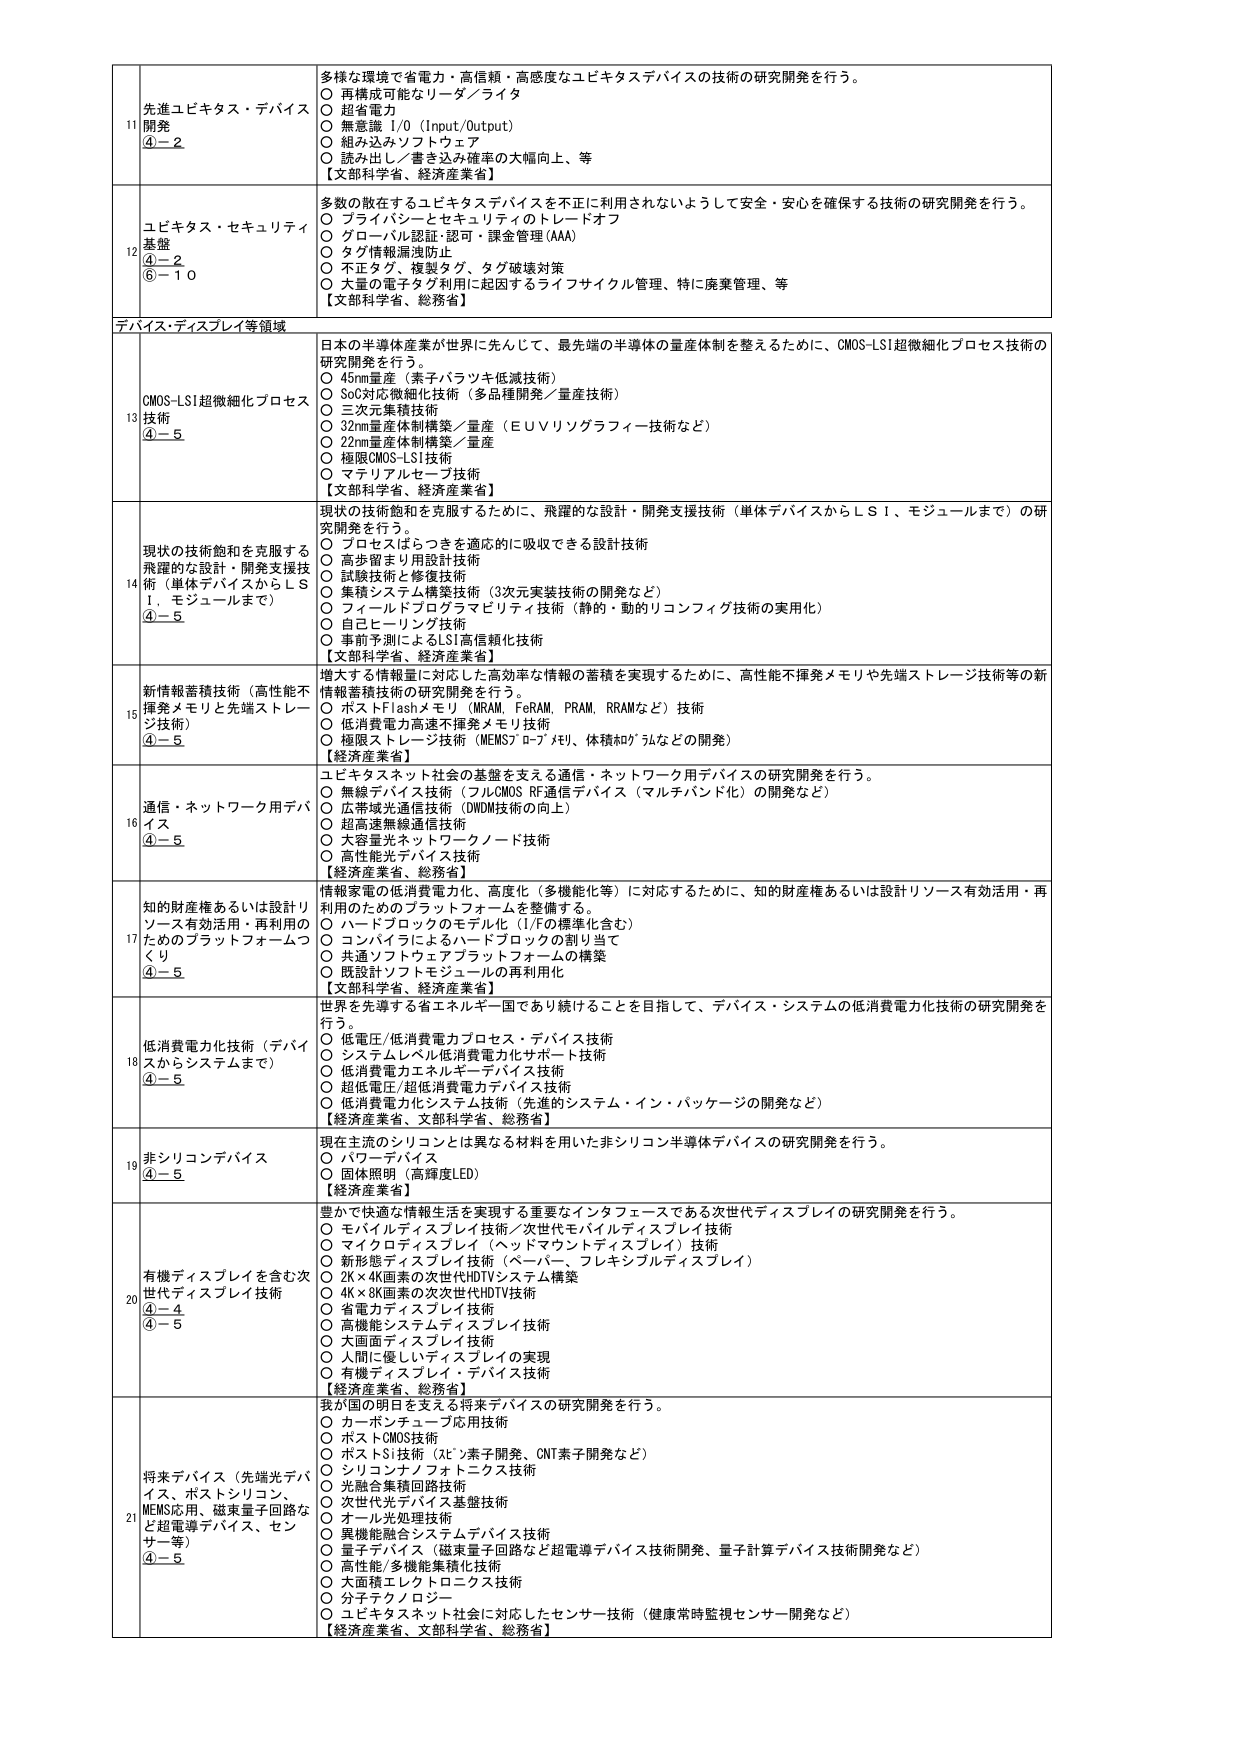
11 先進ユビキタス・デバイス開発 ④－２
多様な環境で省電力・高信頼・高感度なユビキタスデバイスの技術の研究開発を行う。
○ 再構成可能なリーダ／ライタ
○ 超省電力
○ 無意識 I/O（Input/Output）
○ 組み込みソフトウェア
○ 読み出し／書き込み確率の大幅向上、等
【文部科学省、経済産業省】

12 ユビキタス・セキュリティ基盤 ④－２ ⑥－１０
多数の散在するユビキタスデバイスを不正に利用されないようにして安全・安心を確保する技術の研究開発を行う。
○ プライバシーとセキュリティのトレードオフ
○ グローバル認証・認可・課金管理（AAA）
○ タグ情報漏洩防止
○ 不正タグ、複製タグ、タグ破壊対策
○ 大量の電子タグ利用に起因するライフサイクル管理、特に廃棄管理、等
【文部科学省、総務省】

デバイス・ディスプレイ等領域

13 CMOS-LSI超微細化プロセス技術 ④－５
日本の半導体産業が世界に先んじて、最先端の半導体の量産体制を整えるために、CMOS-LSI超微細化プロセス技術の研究開発を行う。
○ 45nm量産（素子バラツキ低減技術）
○ SoC対応微細化技術（多品種開発／量産技術）
○ 三次元集積技術
○ 32nm量産体制構築／量産（ＥＵＶリソグラフィー技術など）
○ 22nm量産体制構築／量産
○ 極限CMOS-LSI技術
○ マテリアルセーブ技術
【文部科学省、経済産業省】

14 現状の技術飽和を克服する飛躍的な設計・開発支援技術（単体デバイスからＬＳＩ、モジュールまで） ④－５
現状の技術飽和を克服するために、飛躍的な設計・開発支援技術（単体デバイスからＬＳＩ、モジュールまで）の研究開発を行う。
○ プロセスばらつきを適応的に吸収できる設計技術
○ 高歩留まり用設計技術
○ 試験技術と修復技術
○ 集積システム構築技術（3次元実装技術の開発など）
○ フィールドプログラマビリティ技術（静的・動的リコンフィグ技術の実用化）
○ 自己ヒーリング技術
○ 事前予測によるLSI高信頼化技術
【文部科学省、経済産業省】

15 新情報蓄積技術（高性能不揮発メモリと先端ストレージ技術） ④－５
増大する情報量に対応した高効率な情報の蓄積を実現するために、高性能不揮発メモリや先端ストレージ技術等の新情報蓄積技術の研究開発を行う。
○ ポストFlashメモリ（MRAM、FeRAM、PRAM、RRAMなど）技術
○ 低消費電力高速不揮発メモリ技術
○ 極限ストレージ技術（MEMSジロブアリ、体積記憶など）の開発
【経済産業省】

16 通信・ネットワーク用デバイス ④－５
ユビキタスネット社会の基盤を支える通信・ネットワーク用デバイスの研究開発を行う。
○ 無線デバイス技術（フルCMOS RF通信デバイス（マルチバンド化）の開発など）
○ 広帯域光通信技術（DWDM技術の向上）
○ 超高速無線通信技術
○ 大容量光ネットワークノード技術
○ 高性能光デバイス技術
【経済産業省、総務省】

17 知的財産権あるのは設計リソース有効活用・再利用のためのプラットフォームづくり ④－５
情報家電の低消費電力化、高度化（多機能化等）に対応するために、知的財産権あるいは設計リソース有効活用・再利用のためのプラットフォームを整備する。
○ ハードブロックのモデル化（I/Fの標準化含む）
○ コンパイラによるハードブロックの割り当て
○ 共通ソフトウェアプラットフォームの構築
○ 既設計ソフトモジュールの再利用化
【文部科学省、経済産業省】

18 低消費電力化技術（デバイスからシステムまで） ④－５
世界を先導する省エネルギー国であり続けることを目指して、デバイス・システムの低消費電力化技術の研究開発を行う。
○ 低電圧/低消費電力プロセス・デバイス技術
○ システムレベル低消費電力化サポート技術
○ 低消費電力エネルギーーデバイス技術
○ 超低電圧/超低消費電力デバイス技術
○ 低消費電力化システム技術（先進的システム・イン・パッケージの開発など）
【経済産業省、文部科学省、総務省】

19 非シリコンデバイス ④－５
現在主流のシリコンとは異なる材料を用いた非シリコン半導体デバイスの研究開発を行う。
○ パワーデバイス
○ 固体照明（高輝度LED）
【経済産業省】

20 有機ディスプレイを含む次世代ディスプレイ技術 ④－４ ④－５
豊かで快適な情報生活を実現する重要なインタフェースである次世代ディスプレイの研究開発を行う。
○ モバイルディスプレイ技術／次世代モバイルディスプレイ技術
○ マイクロディスプレイ（ヘッドマウントディスプレイ）技術
○ 新形態ディスプレイ技術（ペーパー、フレキシブルディスプレイ）
○ 2K×4K画素の次世代HDTVシステム構築
○ 4K×8K画素の次次世代HDTV技術
○ 省電力ディスプレイ技術
○ 高機能システムディスプレイ技術
○ 大画面ディスプレイ技術
○ 人間に優しいディスプレイの実現
○ 有機ディスプレイ・デバイス技術
【経済産業省、総務省】

21 将来デバイス（先端光デバイス、ポストシリコン、MEMS応用、磁束量子回路など超電導デバイス、センサー等） ④－５
我が国の明日を支える将来デバイスの研究開発を行う。
○ カーボンチューブ応用技術
○ ポストCMOS技術
○ ポストSi技術（AE素子開発、CNT素子開発など）
○ シリコンナノフォトニクス技術
○ 光融合集積回路技術
○ 次世代光デバイス基盤技術
○ オール光処理技術
○ 異機能融合システムデバイス技術
○ 量子デバイス（磁束量子回路など超電導デバイス技術開発、量子計算デバイス技術開発など）
○ 高性能/多機能集積化技術
○ 大面積エレクトロニクス技術
○ 分子テクノロジー
○ ユビキタスネット社会に対応したセンサー技術（健康常時監視センサー開発など）
【経済産業省、文部科学省、総務省】